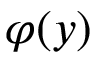
\varphi ( y )